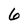
Character: 6